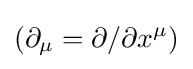
\left(\partial _{\mu }=\partial /\partial x^{\mu }\right)